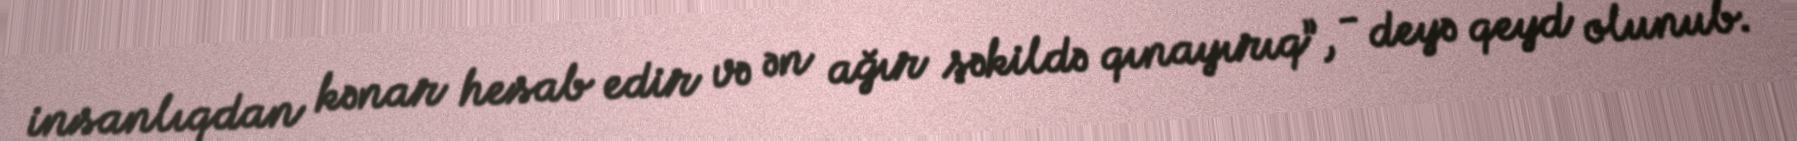
insanlıqdan kənar hesab edir və ən ağır şəkildə qınayırıq”, - deyə qeyd olunub.